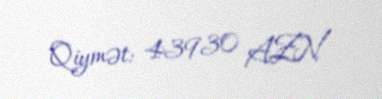
Qiymət: 43930 AZN